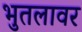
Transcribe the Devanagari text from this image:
भुतलावर